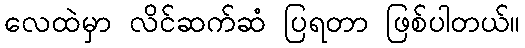
လေထဲမှာ လိင်ဆက်ဆံ ပြရတာ ဖြစ်ပါတယ်။